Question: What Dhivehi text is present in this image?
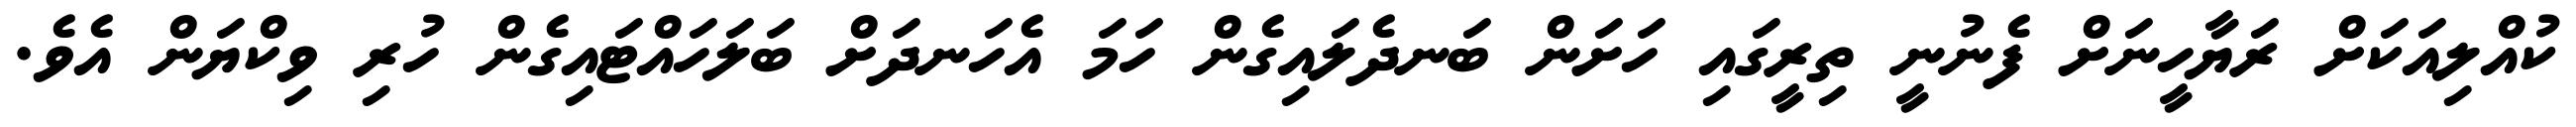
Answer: ކުއްލިއަކަށް ރަޔާހީނަށް ފެނުނީ ތިރީގައި ހަށަން ބަނދެލައިގެން ހަމަ އެހަނދަށް ބަލަހައްޓައިގެން ހުރި ވިކްޔަން އެވެ.